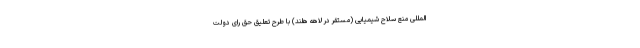
المللی منع سلاح شیمیایی (مستقر در لاهه هلند) با طرح تعلیق حق رای دولت